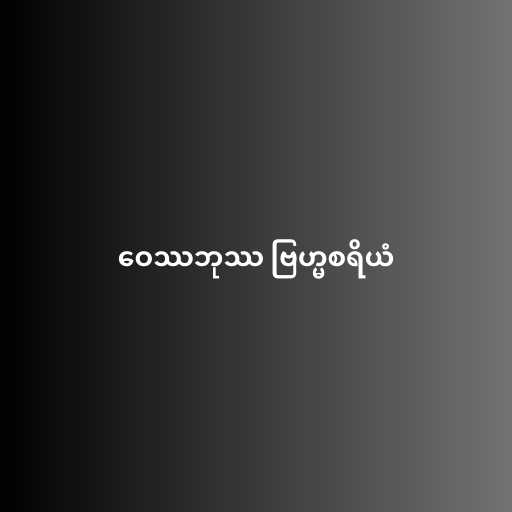
ဝေဿဘုဿ ဗြဟ္မစရိယံ